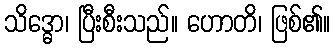
သိဒ္ဓော၊ ပြီးစီးသည်။ ဟောတိ၊ ဖြစ်၏။